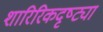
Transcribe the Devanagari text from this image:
शारिरिकदृष्ट्या